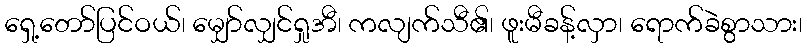
ရှေ့တော်ပြင်ဝယ်၊ မျှော်လျှင်ရှုအီ၊ ကလျက်သီ၏၊ ဖူးမီခန့်လှာ၊ ရောက်ခဲစွာသား၊